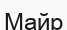
Майр